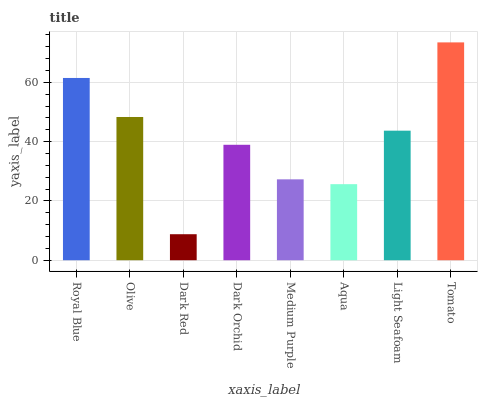
| xaxis_label | bars |
 | --- | --- |
 | Royal Blue | 61.5 |
 | Olive | 48.3 |
 | Dark Red | 8.78 |
 | Dark Orchid | 39 |
 | Medium Purple | 27.3 |
 | Aqua | 25.7 |
 | Light Seafoam | 43.7 |
 | Tomato | 73.5 |